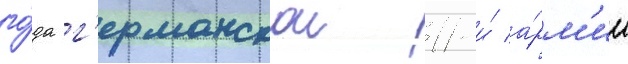
го́да г'ерманскои 11-и́ а́рм'ии